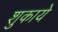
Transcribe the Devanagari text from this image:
शुकाये